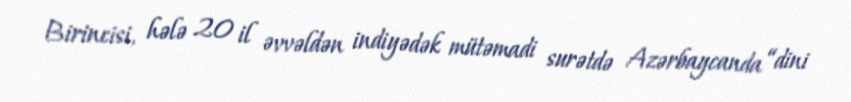
Birincisi, hələ 20 il əvvəldən indiyədək mütəmadi surətdə Azərbaycanda “dini